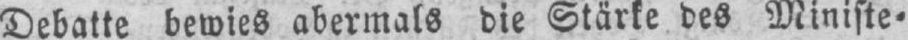
Debatte bewies abermals die Stärke des Ministe⸗